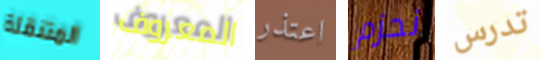
المتنقلة المعروف اعتذر نحزم تدرس